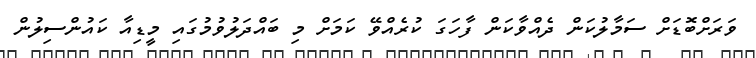
ވަރަށްބޮޑަށް ސަމާލުކަން ދެއްވާކަން ފާހަގަ ކުރެއްވޭ ކަމަށް މި ބައްދަލުވުމުގައި މީޑިއާ ކައުންސިލުން